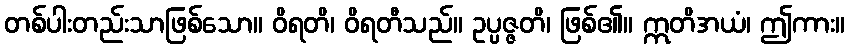
တစ်ပါးတည်းသာဖြစ်သော။ ဝိရတိ၊ ဝိရတီသည်။ ဥပ္ပဇ္ဇတိ၊ ဖြစ်၏။ ဣတိအယံ၊ ဤကား။